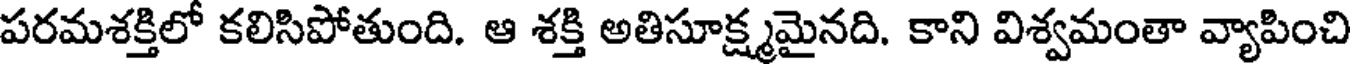
పరమశక్తిలో కలిసిపోతుంది. ఆ శక్తి అతిసూక్ష్మమైనది. కాని విశ్వమంతా వ్యాపించి